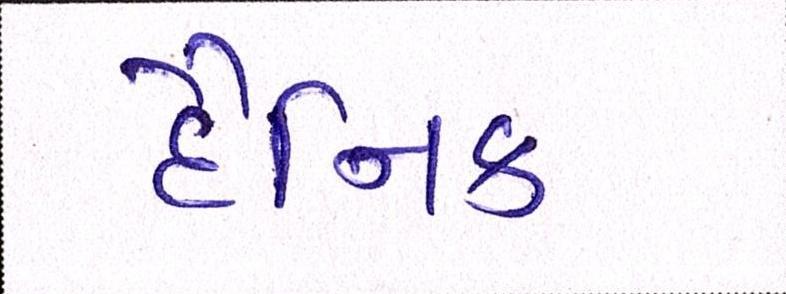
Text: દૈનિક